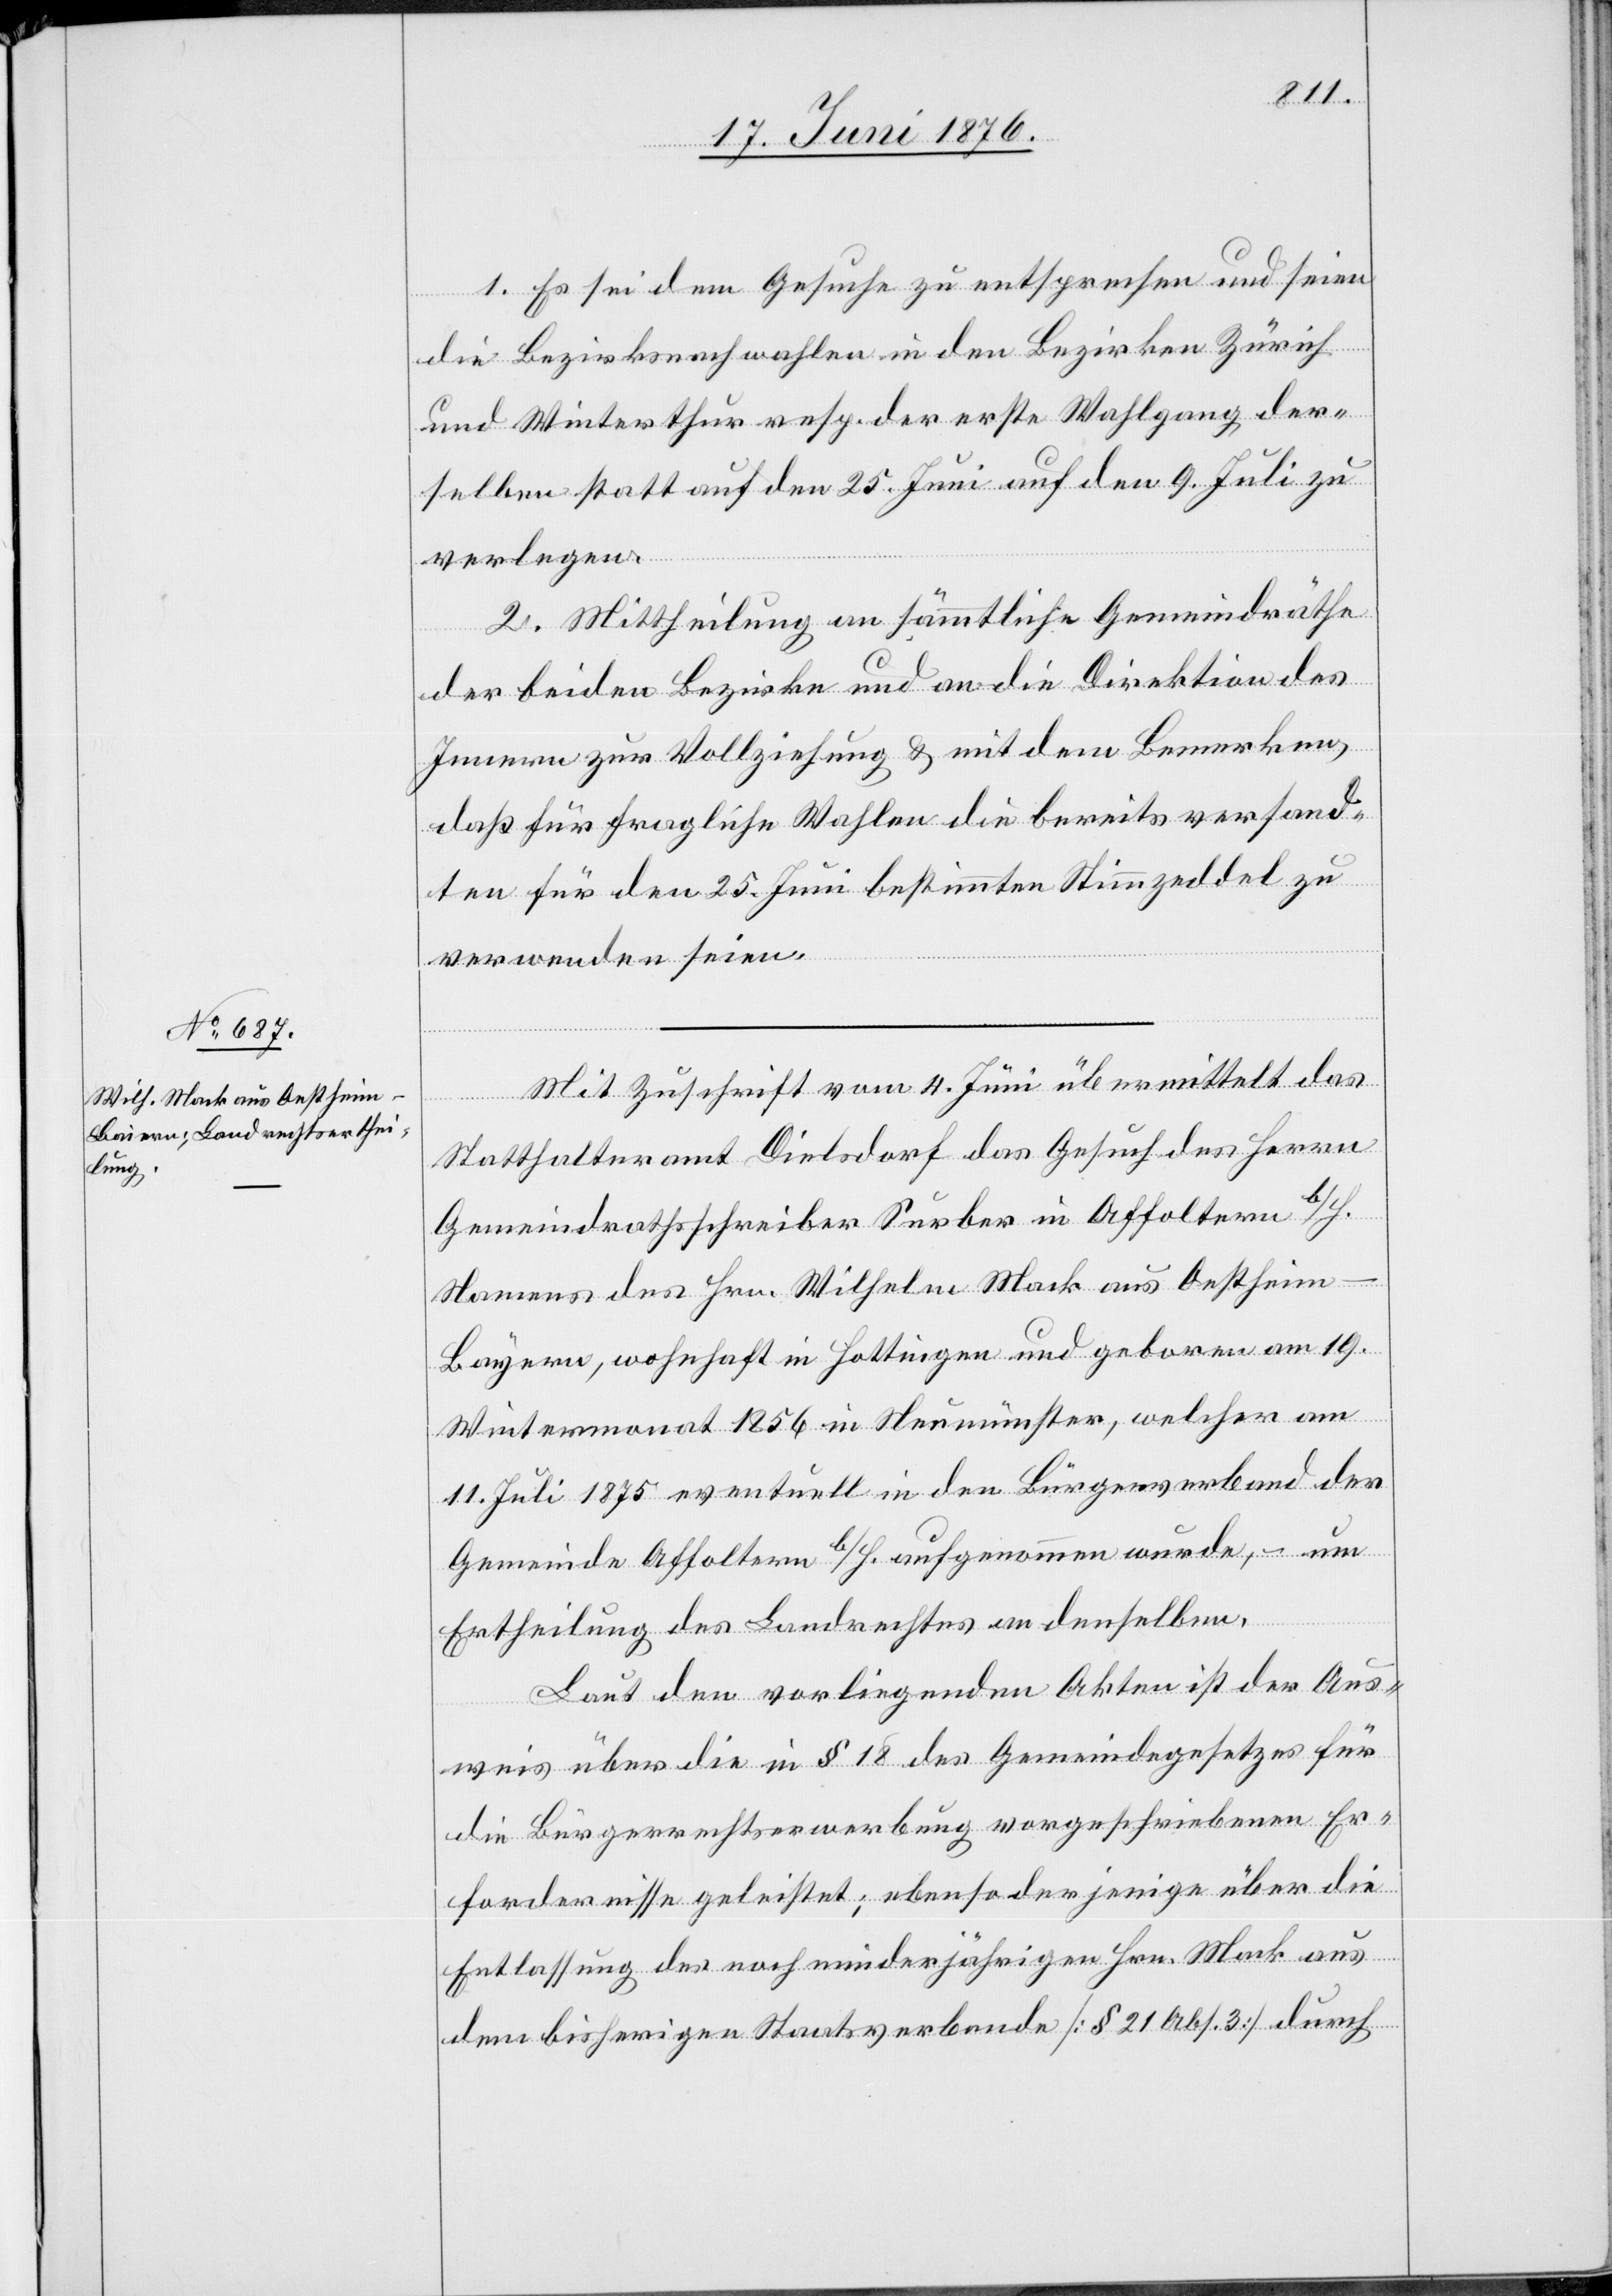
1. Es sei dem Gesuche zu entsprechen und seien
die Bezirksnachwahlen in den Bezirken Zürich
und Winterthur resp. der erste Wahlgang der¬
selben statt auf den 25. Juni auf den 9. Juli zu
verlegen.
2. Mittheilung an sämmtliche Gemeindräthe
der beiden Bezirke und an die Direktion des
Innern zur Vollziehung & mit dem Bemerken,
das für fragliche Wahlen die bereits versende¬
ten für den 25. Juni bestimmten Stimmzeddel zu
verwenden seien.